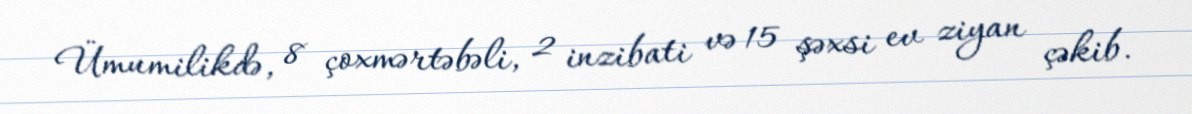
Ümumilikdə, 8 çoxmərtəbəli, 2 inzibati və 15 şəxsi ev ziyan çəkib.